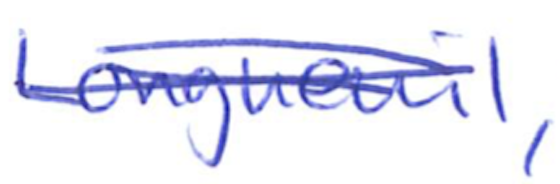
Text: Longueuil,
Cross-out: double-line
Writing tool: ballpoint